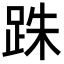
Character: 跦